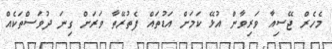
މެހެރް ޖޭސިއާ ވަރިވާން އުޅޭ ކަމަށް އަޑުތައް ފެތުރޭތާ ވަރަށް ގިނަ ދުވަސްތަކެއް